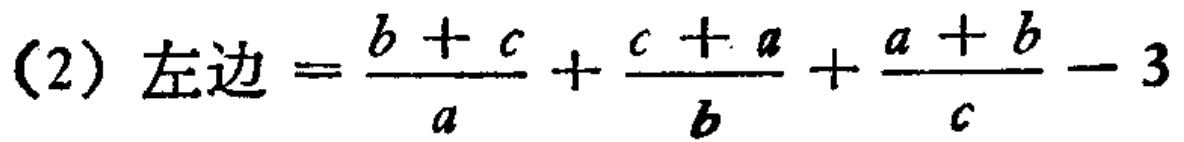
(2) 左边$=\frac{b + c}{a}+\frac{c + a}{b}+\frac{a + b}{c}-3$